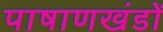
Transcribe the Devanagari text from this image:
पाषाणखंडों